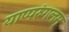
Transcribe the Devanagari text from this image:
याप्परुंगलम्